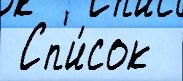
 Сп'и́сок